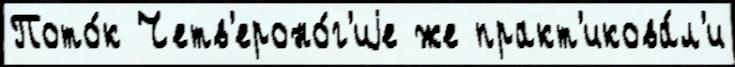
Пото́к Четв'ероно́г'иjе же практ'икова́л'и